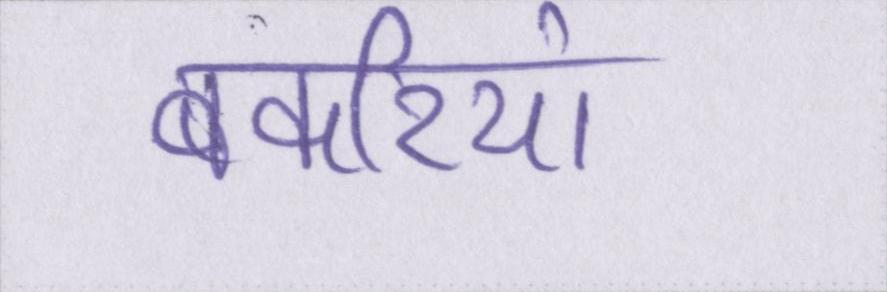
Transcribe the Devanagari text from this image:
बकरियां